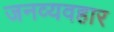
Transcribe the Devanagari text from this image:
जनव्यवहार